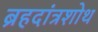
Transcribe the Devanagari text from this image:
ब्रहदांत्रशोथ